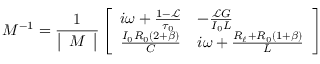
M ^ { - 1 } = \frac { 1 } { \left| \begin{array} { l } { M } \end{array} \right| } \left[ \begin{array} { l l } { i \omega + \frac { 1 - \mathscr { L } } { \tau _ { 0 } } } & { - \frac { \mathscr { L } G } { I _ { 0 } L } } \\ { \frac { I _ { 0 } R _ { 0 } ( 2 + \beta ) } { C } } & { i \omega + \frac { R _ { \ell } + R _ { 0 } ( 1 + \beta ) } { L } } \end{array} \right]